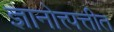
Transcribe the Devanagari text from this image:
ज्ञानोत्त्पत्तीत